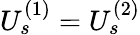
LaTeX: U_{s}^{(1)}=U_{s}^{(2)}